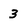
Character: 3